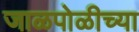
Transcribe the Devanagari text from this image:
जाळपोळीच्या